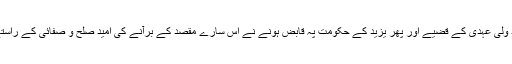
لیکن شہادت امام حسن رضی اللہ عنہ اور اس کے بعد ولی عہدی کے قضیے اور پھر یزید کے حکومت پہ قابض ہونے نے اس سارے مقصد کے برآنے کی امید صلح و صفائی کے راستے سے ختم کرڈالی جس کی خاطر صلح کی گئی تھی۔